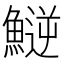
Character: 𩺝